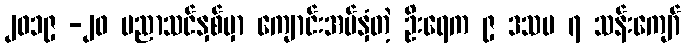
၂၀၁၉ -၂၀ ပညာသင်နှစ်မှာ ကျောင်းအပ်နှံတဲ့ ဦးရေက ၉ ဒသမ ၇ သန်းကျော်